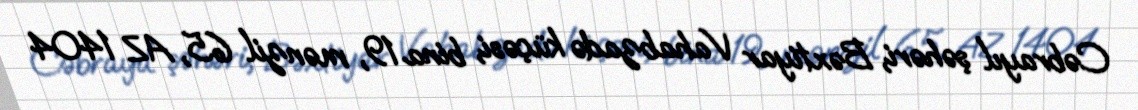
Cəbrayıl şəhəri, Bəxtiyar Vahabzadə küçəsi, bina 19, mənzil 65, AZ 1404